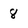
Character: 8